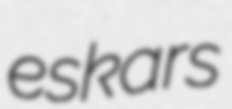
eskars